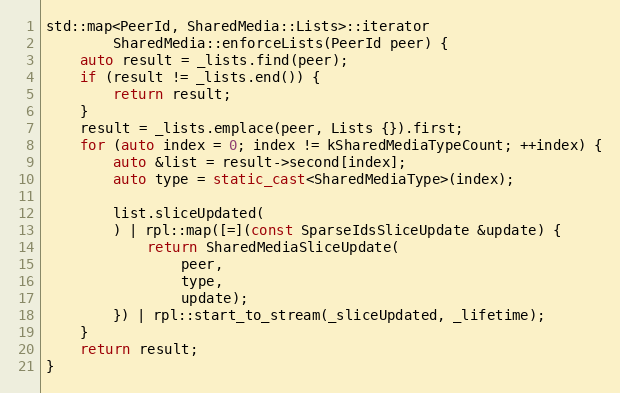
Language: C++
std::map<PeerId, SharedMedia::Lists>::iterator
		SharedMedia::enforceLists(PeerId peer) {
	auto result = _lists.find(peer);
	if (result != _lists.end()) {
		return result;
	}
	result = _lists.emplace(peer, Lists {}).first;
	for (auto index = 0; index != kSharedMediaTypeCount; ++index) {
		auto &list = result->second[index];
		auto type = static_cast<SharedMediaType>(index);

		list.sliceUpdated(
		) | rpl::map([=](const SparseIdsSliceUpdate &update) {
			return SharedMediaSliceUpdate(
				peer,
				type,
				update);
		}) | rpl::start_to_stream(_sliceUpdated, _lifetime);
	}
	return result;
}